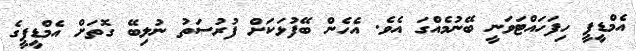
އެމްޑީޕީ ހިފަހައްޓަވަނީ ބޭނުމެއްގަ އެވެ. އެހެން ބޭފުޅަކަށް ފުރުސަތު ނުލިބޭ ގޮތަށް އެމްޑީޕީގެ